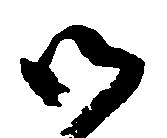
御